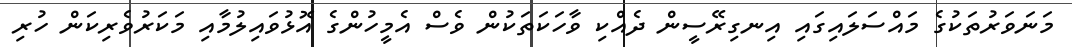
މަނަވަރުތަކުގެ މައްސަލައިގައި އިނގިރޭސީން ދެއްކި ވާހަކަތަކުން ވެސް އެމީހުންގެ އޮޅުވައިލުމާއި މަކަރުވެރިކަން ހުރި